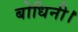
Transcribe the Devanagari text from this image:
बोधिनी।